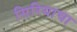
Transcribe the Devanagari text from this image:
सिरियाचा